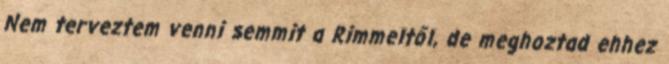
Nem terveztem venni semmit a Rimmeltől, de meghoztad ehhez